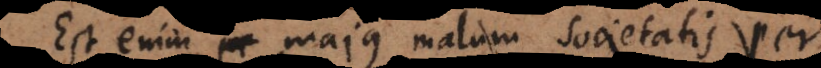
Est enim majus malum societatis per